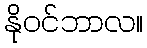
နိုဝင်ဘာလ။